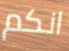
انكم